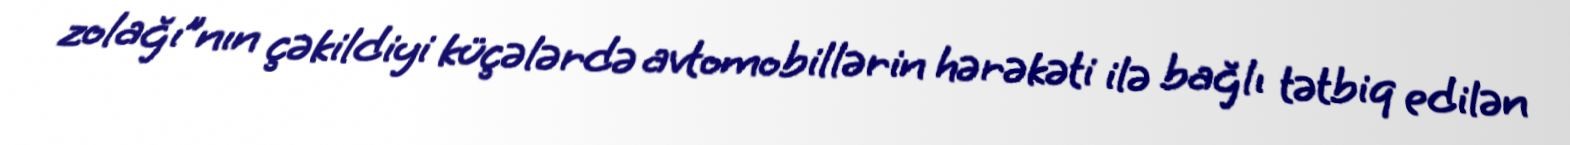
zolağı”nın çəkildiyi küçələrdə avtomobillərin hərəkəti ilə bağlı tətbiq edilən